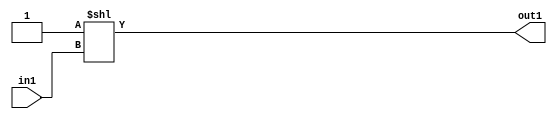
`timescale 1ps / 1ps
/*****************************************************************************
    Verilog RTL Description
    
    
    Created by: CellMath Designer 2019.1.01 
*******************************************************************************/

module DFT_compute_DECODE_32U_7_4 (
	in1,
	out1
	); /* architecture "behavioural" */ 
input [4:0] in1;
output [31:0] out1;
wire [31:0] asc001;

assign asc001 = 32'B00000000000000000000000000000001 << in1;

assign out1 = asc001;
endmodule

/* CADENCE  ubLwQgA= : u9/ySgnWtBlWxVPRXgAZ4Og= ** DO NOT EDIT THIS LINE ******/